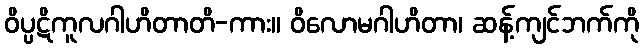
ဝိပ္ပဋိကူလဂါဟိတာတိ-ကား။ ဝိလောမဂါဟိတာ၊ ဆန့်ကျင်ဘက်ကို